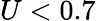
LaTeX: U<0.7